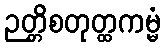
ဉတ္တိစတုတ္ထကမ္မံ